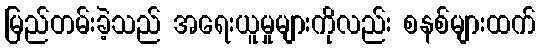
မြည်တမ်းခဲ့သည် အရေးယူမှုများကိုလည်း စနစ်များထက်